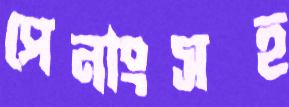
পেনাংসহ